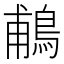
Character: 鵏